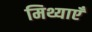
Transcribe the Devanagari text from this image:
मिथ्याएँ